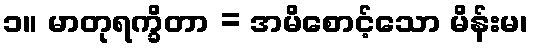
၁။ မာတုရက္ခိတာ = အမိစောင့်သော မိန်းမ၊